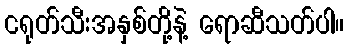
ငရုတ်သီးအနှစ်တို့နဲ့ ရောဆီသတ်ပါ။